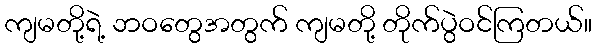
ကျမတို့ရဲ့ ဘဝတွေအတွက် ကျမတို့ တိုက်ပွဲဝင်ကြတယ်။